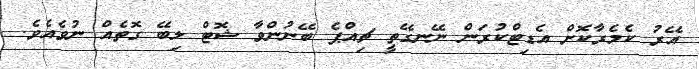
އޭރު ކެމެރާކޮށް އެޑިޓްކުރަން ނޭނގޭތީ ޗިއްޕެ ބޭނުންވާ ޝޮޓް ލިބޭ ގޮތެއް ނުވެއެވެ.